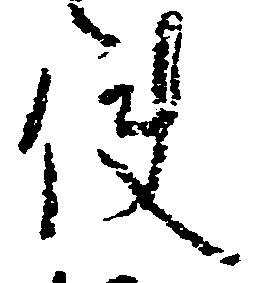
使